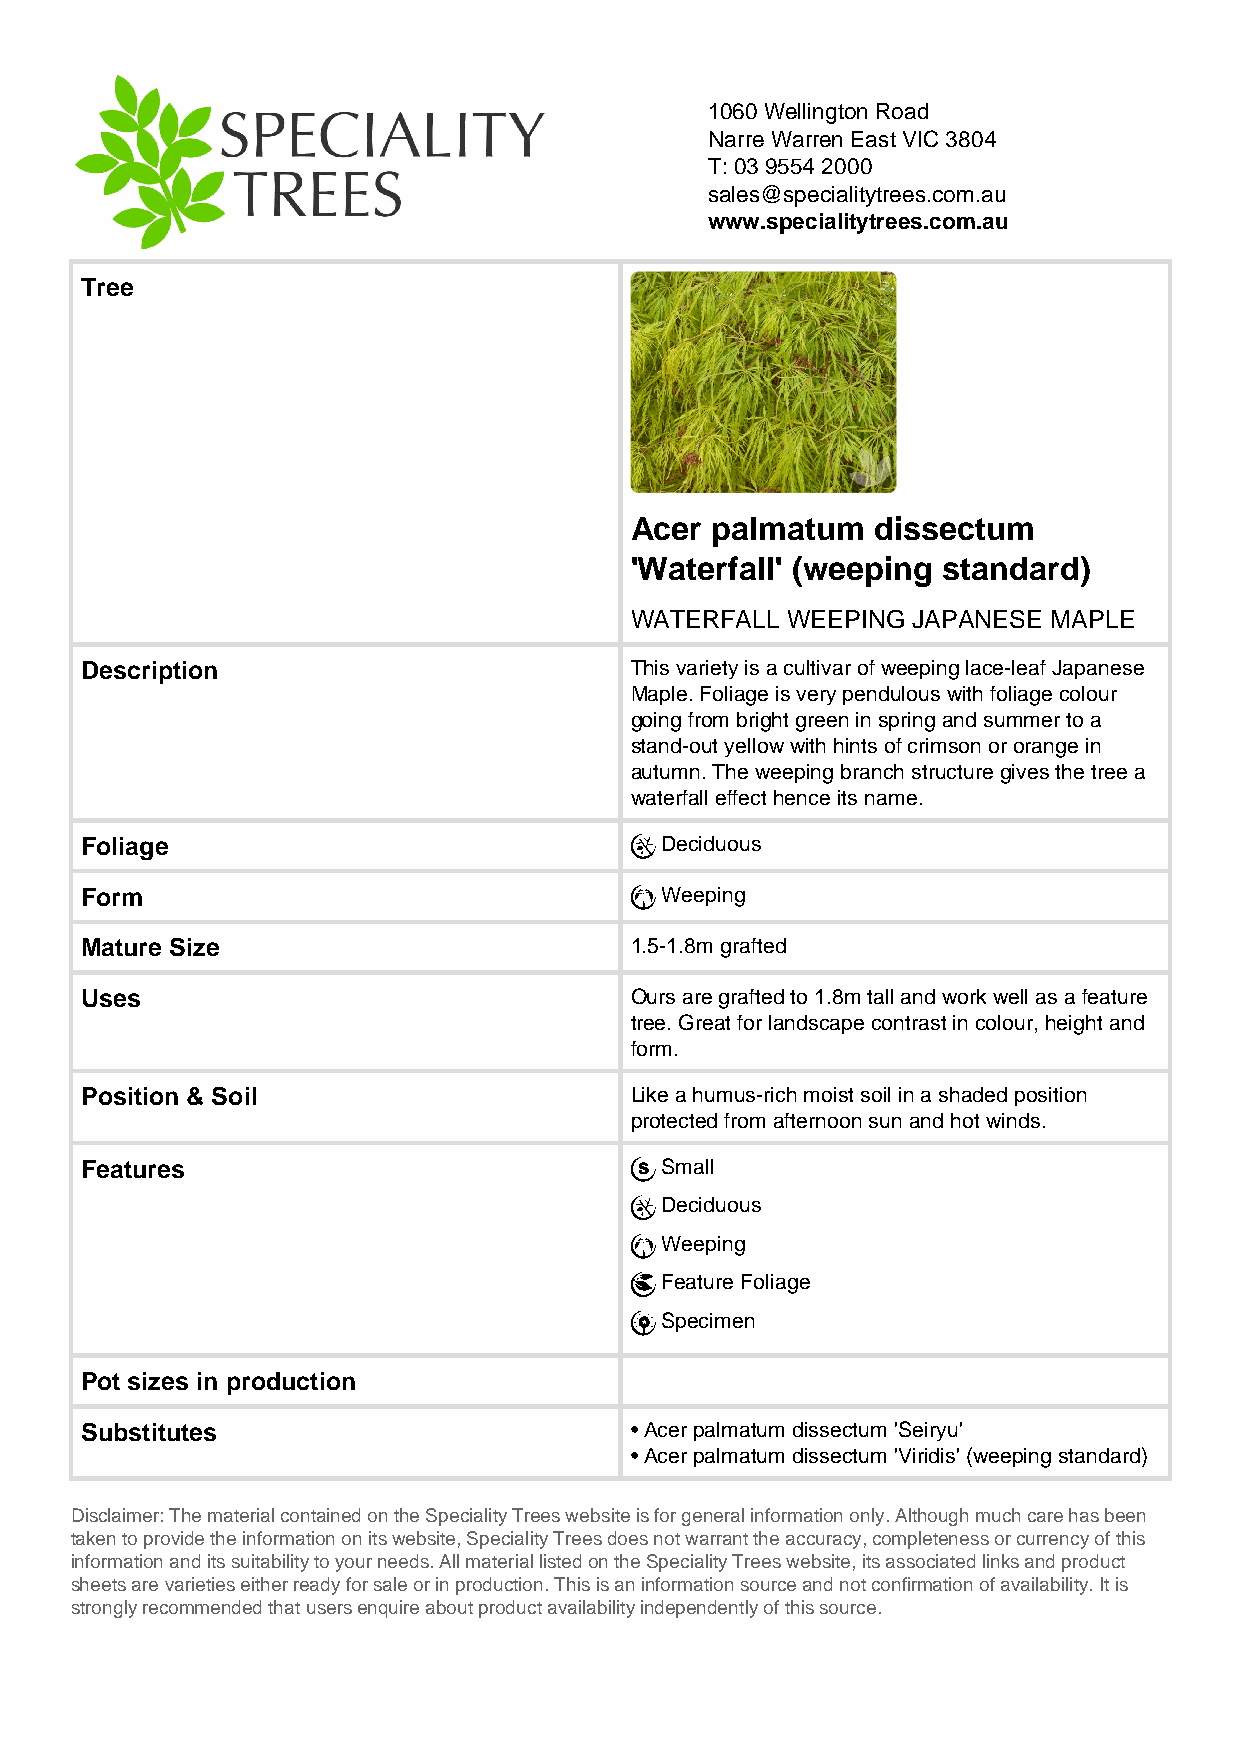
1060 Wellington Road
 Narre Warren East VIC 3804
 T: 03 9554 2000
 sales@specialitytrees.com.au
 www.specialitytrees.com.au
 Tree
 Acer palmatum   dissectum
 'Waterfall' (weeping standard)
 WATERFALL WEEPING JAPANESE  MAPLE
 Description                          This variety is a cultivar of weeping lace-leaf Japanese
 Maple. Foliage is very pendulous with foliage colour
 going from bright green in spring and summer to a
 stand-out yellow with hints of crimson or orange in
 autumn. The weeping branch structure gives the tree a
 waterfall effect hence its name.
 Foliage                                Deciduous
 Form                                   Weeping
 Mature Size                          1.5-1.8m grafted
 Uses                                 Ours are grafted to 1.8m tall and work well as a feature
 tree. Great for landscape contrast in colour, height and
 form.
 Position & Soil                      Like a humus-rich moist soil in a shaded position
 protected from afternoon sun and hot winds.
 Features                               Small
 Deciduous
 Weeping
 Feature Foliage
 Specimen
 Pot sizes in production
 Substitutes                          • Acer palmatum dissectum 'Seiryu'
 • Acer palmatum dissectum 'Viridis' (weeping standard)
 Disclaimer: The material contained on the Speciality Trees website is for general information only. Although much care has been
 taken to provide the information on its website, Speciality Trees does not warrant the accuracy, completeness or currency of this
 information and its suitability to your needs. All material listed on the Speciality Trees website, its associated links and product
 sheets are varieties either ready for sale or in production. This is an information source and not confirmation of availability. It is
 strongly recommended that users enquire about product availability independently of this source.